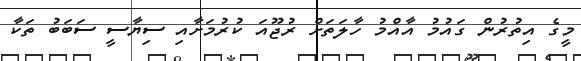
މީގެ އިތުރުން ގައުމު އާއްމު ހާލަަތަށް ރުޖޫއަ ކުރުމަށާއި ސިޔާސީ ސަބަބު ތަކާ